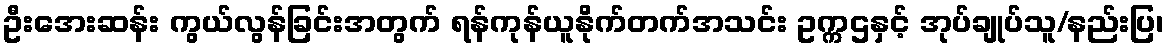
ဦးအေးဆန်း ကွယ်လွန်ခြင်းအတွက် ရန်ကုန်ယူနိုက်တက်အသင်း ဥက္ကဌနှင့် အုပ်ချုပ်သူ/နည်းပြ၊